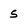
Character: 5